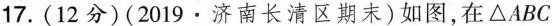
17.(12分)(2019·济南长清区期末)如图，在\triangle ABC